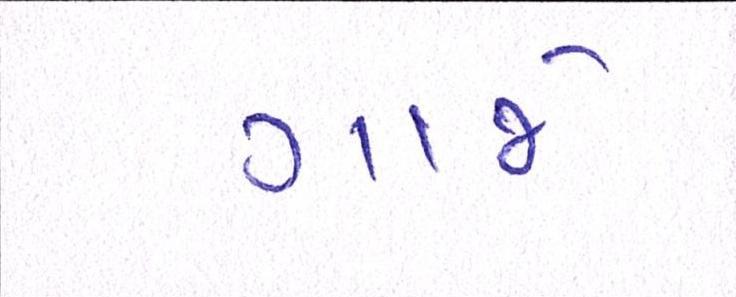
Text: ગાજે